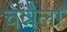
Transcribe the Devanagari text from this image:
चेन्नैला